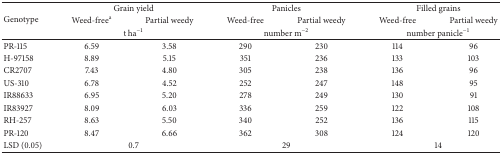
| <ROWSPAN=3> Genotype | <COLSPAN=2> Grain yield | <COLSPAN=2> Panicles | <COLSPAN=2> Filled grains |
 | Weed-freea | Partial weedy | Weed-free | Partial weedy | Weed-free | Partial weedy |
 | <COLSPAN=2> t ha−1 | <COLSPAN=2> number m−2 | <COLSPAN=2> number panicle−1 |
 | --- | --- | --- | --- | --- | --- | --- |
 | PR-115 | 6.59 | 3.58 | 290 | 230 | 114 | 96 |
 | H-97158 | 8.89 | 5.15 | 351 | 236 | 133 | 103 |
 | CR2707 | 7.43 | 4.80 | 305 | 238 | 136 | 96 |
 | US-310 | 6.78 | 4.52 | 252 | 247 | 148 | 95 |
 | IR88633 | 6.95 | 5.20 | 278 | 249 | 130 | 91 |
 | IR83927 | 8.09 | 6.03 | 336 | 259 | 122 | 108 |
 | RH-257 | 8.63 | 5.50 | 340 | 252 | 136 | 115 |
 | PR-120 | 8.47 | 6.66 | 362 | 308 | 124 | 120 |
 | LSD (0.05) | <COLSPAN=2> 0.7 | <COLSPAN=2> 29 | <COLSPAN=2> 14 |